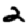
Digit: 2